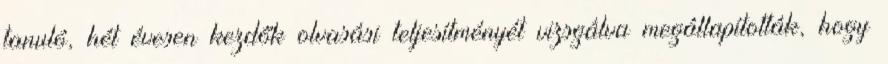
tanuló, hét évesen kezdők olvasási teljesítményét vizsgálva megállapították, hogy